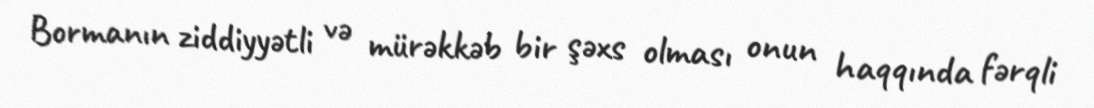
Bormanın ziddiyyətli və mürəkkəb bir şəxs olması onun haqqında fərqli